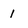
Character: 1